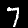
Label: 7